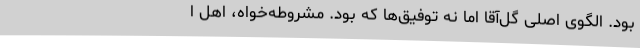
بود. الگوی اصلی گل‌آقا اما نه توفیق‌ها که بود. مشروطه‌خواه، اهل ا